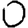
Digit: 0